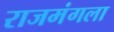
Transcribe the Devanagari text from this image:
राजमंगला